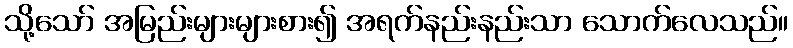
သို့သော် အမြည်းများများစား၍ အရက်နည်းနည်းသာ သောက်လေသည်။